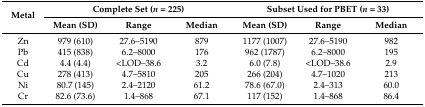
<table><thead><tr><td rowspan="2"><b>Metal</b></td><td colspan="3"><b>Complete Set (<i>n</i> = 225)</b></td><td colspan="3"><b>Subset Used for PBET (<i>n</i> = 33)</b></td></tr><tr><td><b>Mean (SD)</b></td><td><b>Range</b></td><td><b>Median</b></td><td><b>Mean (SD)</b></td><td><b>Range</b></td><td><b>Median</b></td></tr></thead><tbody><tr><td>Zn</td><td>979 (610)</td><td>27.6–5190</td><td>879</td><td>1177 (1007)</td><td>27.6–5190</td><td>982</td></tr><tr><td>Pb</td><td>415 (838)</td><td>6.2–8000</td><td>176</td><td>962 (1787)</td><td>6.2–8000</td><td>195</td></tr><tr><td>Cd</td><td>4.4 (4.4)</td><td>&lt;LOD–38.6</td><td>3.2</td><td>6.0 (7.8)</td><td>&lt;LOD–38.6</td><td>2.9</td></tr><tr><td>Cu</td><td>278 (413)</td><td>4.7–5810</td><td>205</td><td>266 (204)</td><td>4.7–1020</td><td>213</td></tr><tr><td>Ni</td><td>80.7 (145)</td><td>2.4–2120</td><td>61.2</td><td>78.6 (67.0)</td><td>2.4–313</td><td>60.0</td></tr><tr><td>Cr</td><td>82.6 (73.6)</td><td>1.4–868</td><td>67.1</td><td>117 (152)</td><td>1.4–868</td><td>86.4</td></tr></tbody></table>